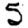
Digit: 5